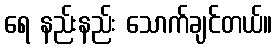
ရေ နည်းနည်း သောက်ချင်တယ်။